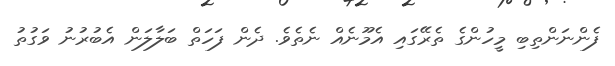
ފެންނަންތިބި މީހުންގެ ތެރޭގައި އެމޫނެއް ނެތެވެ. ދެން ފަހަތް ބަލާލަން އެބުރުނު ވަގުތު